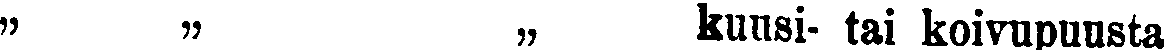
,, ,, ,, kuusi- tai koivupuusta